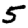
Digit: 5